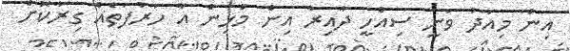
އިން މިއަދު ވަނީ ސިއްހީ ދާއިރާ އިން މުޅިން އާ ހަރުފަތެއް ގިރާކޮށް